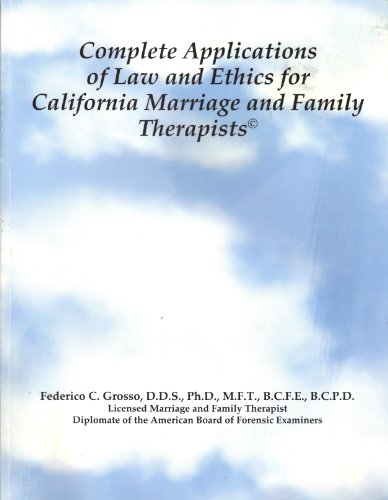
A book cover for Complete Applications of Law and Ethics: A Workbook for California Marriage and Family Therapists; Federico C. Grosso; Law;